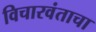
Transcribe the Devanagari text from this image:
विचारवंताचा